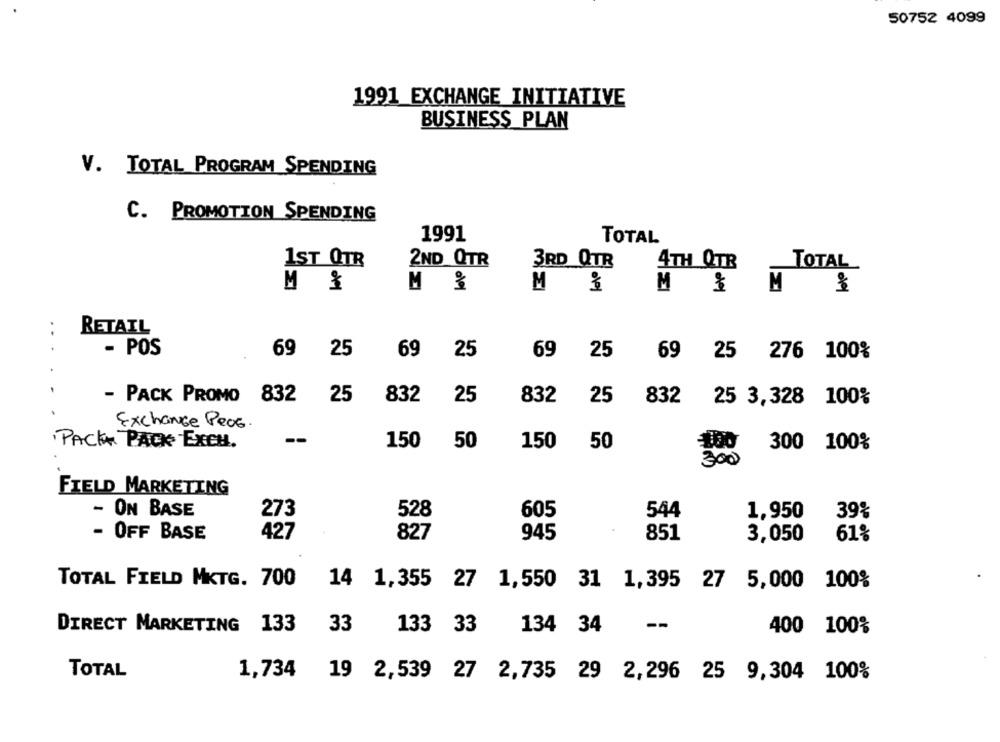
50752 4099
1991 EXCHANGE INITIATIVE
BUSINESS PLAN
V. TOTAL PROGRAM SPENDING
C. PROMOTION SPENDING
1991
TOTAL
1ST QTR
2ND QTR
3RD QTR
4TH QTB
TOTAL
M &
M &
M
M
M
RETAIL
- POS
69
25
69
25
69
25
69 25
276 100%
- PACK PROMO 832
25
832
25
832
25
832
25 3,328 100%
Exchange Peos.
PACK PACK EXCH.
--
150
50
150
50
300 100%
300
FIELD MARKETING
- ON BASE
528
273
605
544
1,950
39%
- OFF BASE
427
827
945
851
3,050
61%
TOTAL FIELD MKTG. 700
14 1,355 27
1,550 31 1,395 27 5,000
100%
DIRECT MARKETING 133
33
133 33
134 34
--
400 100%
TOTAL
1,734
19 2,539 27 2,735 29 2,296 25 9,304 100%